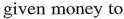
given money to